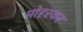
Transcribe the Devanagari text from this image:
मोहरकर